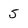
Character: 5